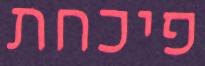
פיכחת